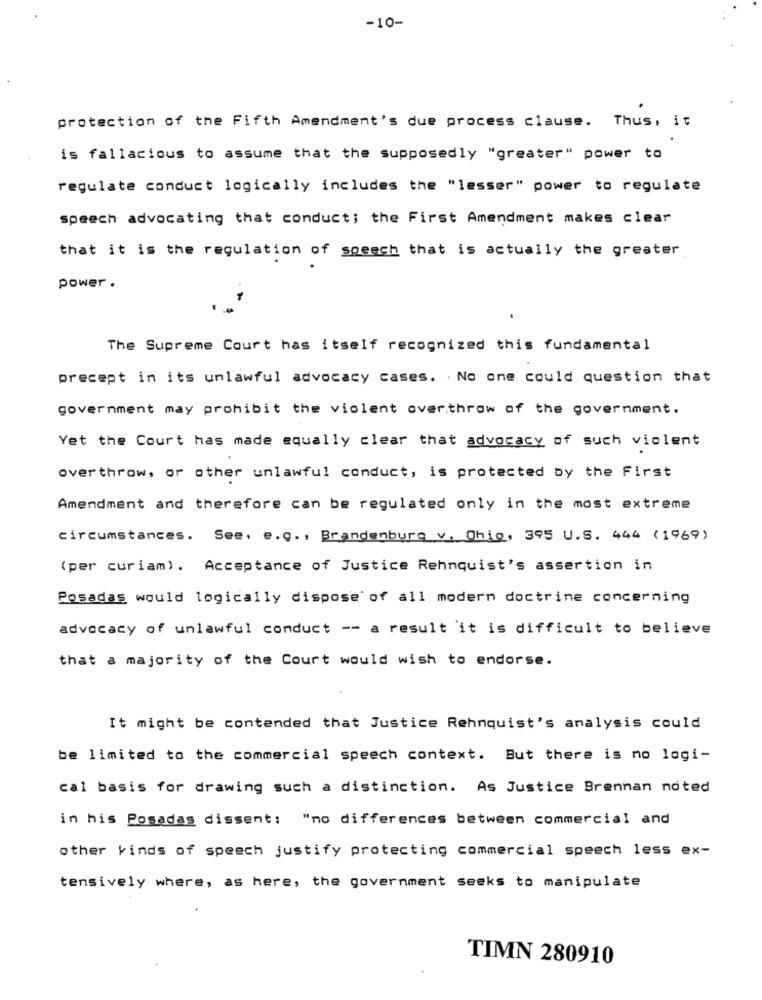
-10-
protection of the Fifth Amendment's due process clause. Thus, it
is fallacious to assume that the supposedly "greater" power to
regulate conduct logically includes the "lesser" power to regulate
speech advocating that conduct; the First Amendment makes clear
that it is the regulation of speech that is actually the greater
power .
The Supreme Court has itself recognized this fundamental
precept in its unlawful advocacy cases. . No one could question that
government may prohibit the violent over throw of the government.
Yet the Court has made equally clear that advocacy of such violent
overthrow, or other unlawful conduct, is protected by the First
Amendment and therefore can be regulated only in the most extreme
circumstances. See, e.g ., Brandenburg v. Ohio, 395 U.S. 444 (1969)
(per curiam). Acceptance of Justice Rehnquist's assertion in
Posadas would logically dispose of all modern doctrine concerning
advocacy of unlawful conduct -- a result it is difficult to believe
that a majority of the Court would wish to endorse.
It might be contended that Justice Rehnquist's analysis could
be limited to the commercial speech context. But there is no logi-
cal basis for drawing such a distinction. As Justice Brennan noted
in his Posadas dissent: "no differences between commercial and
other kinds of speech justify protecting commercial speech less ex-
tensively where, as here, the government seeks to manipulate
TIMN 280910